18_6369445_General_1948_Vol_1
Agency: Department of War
Incident date: 6/15/48
Page 20
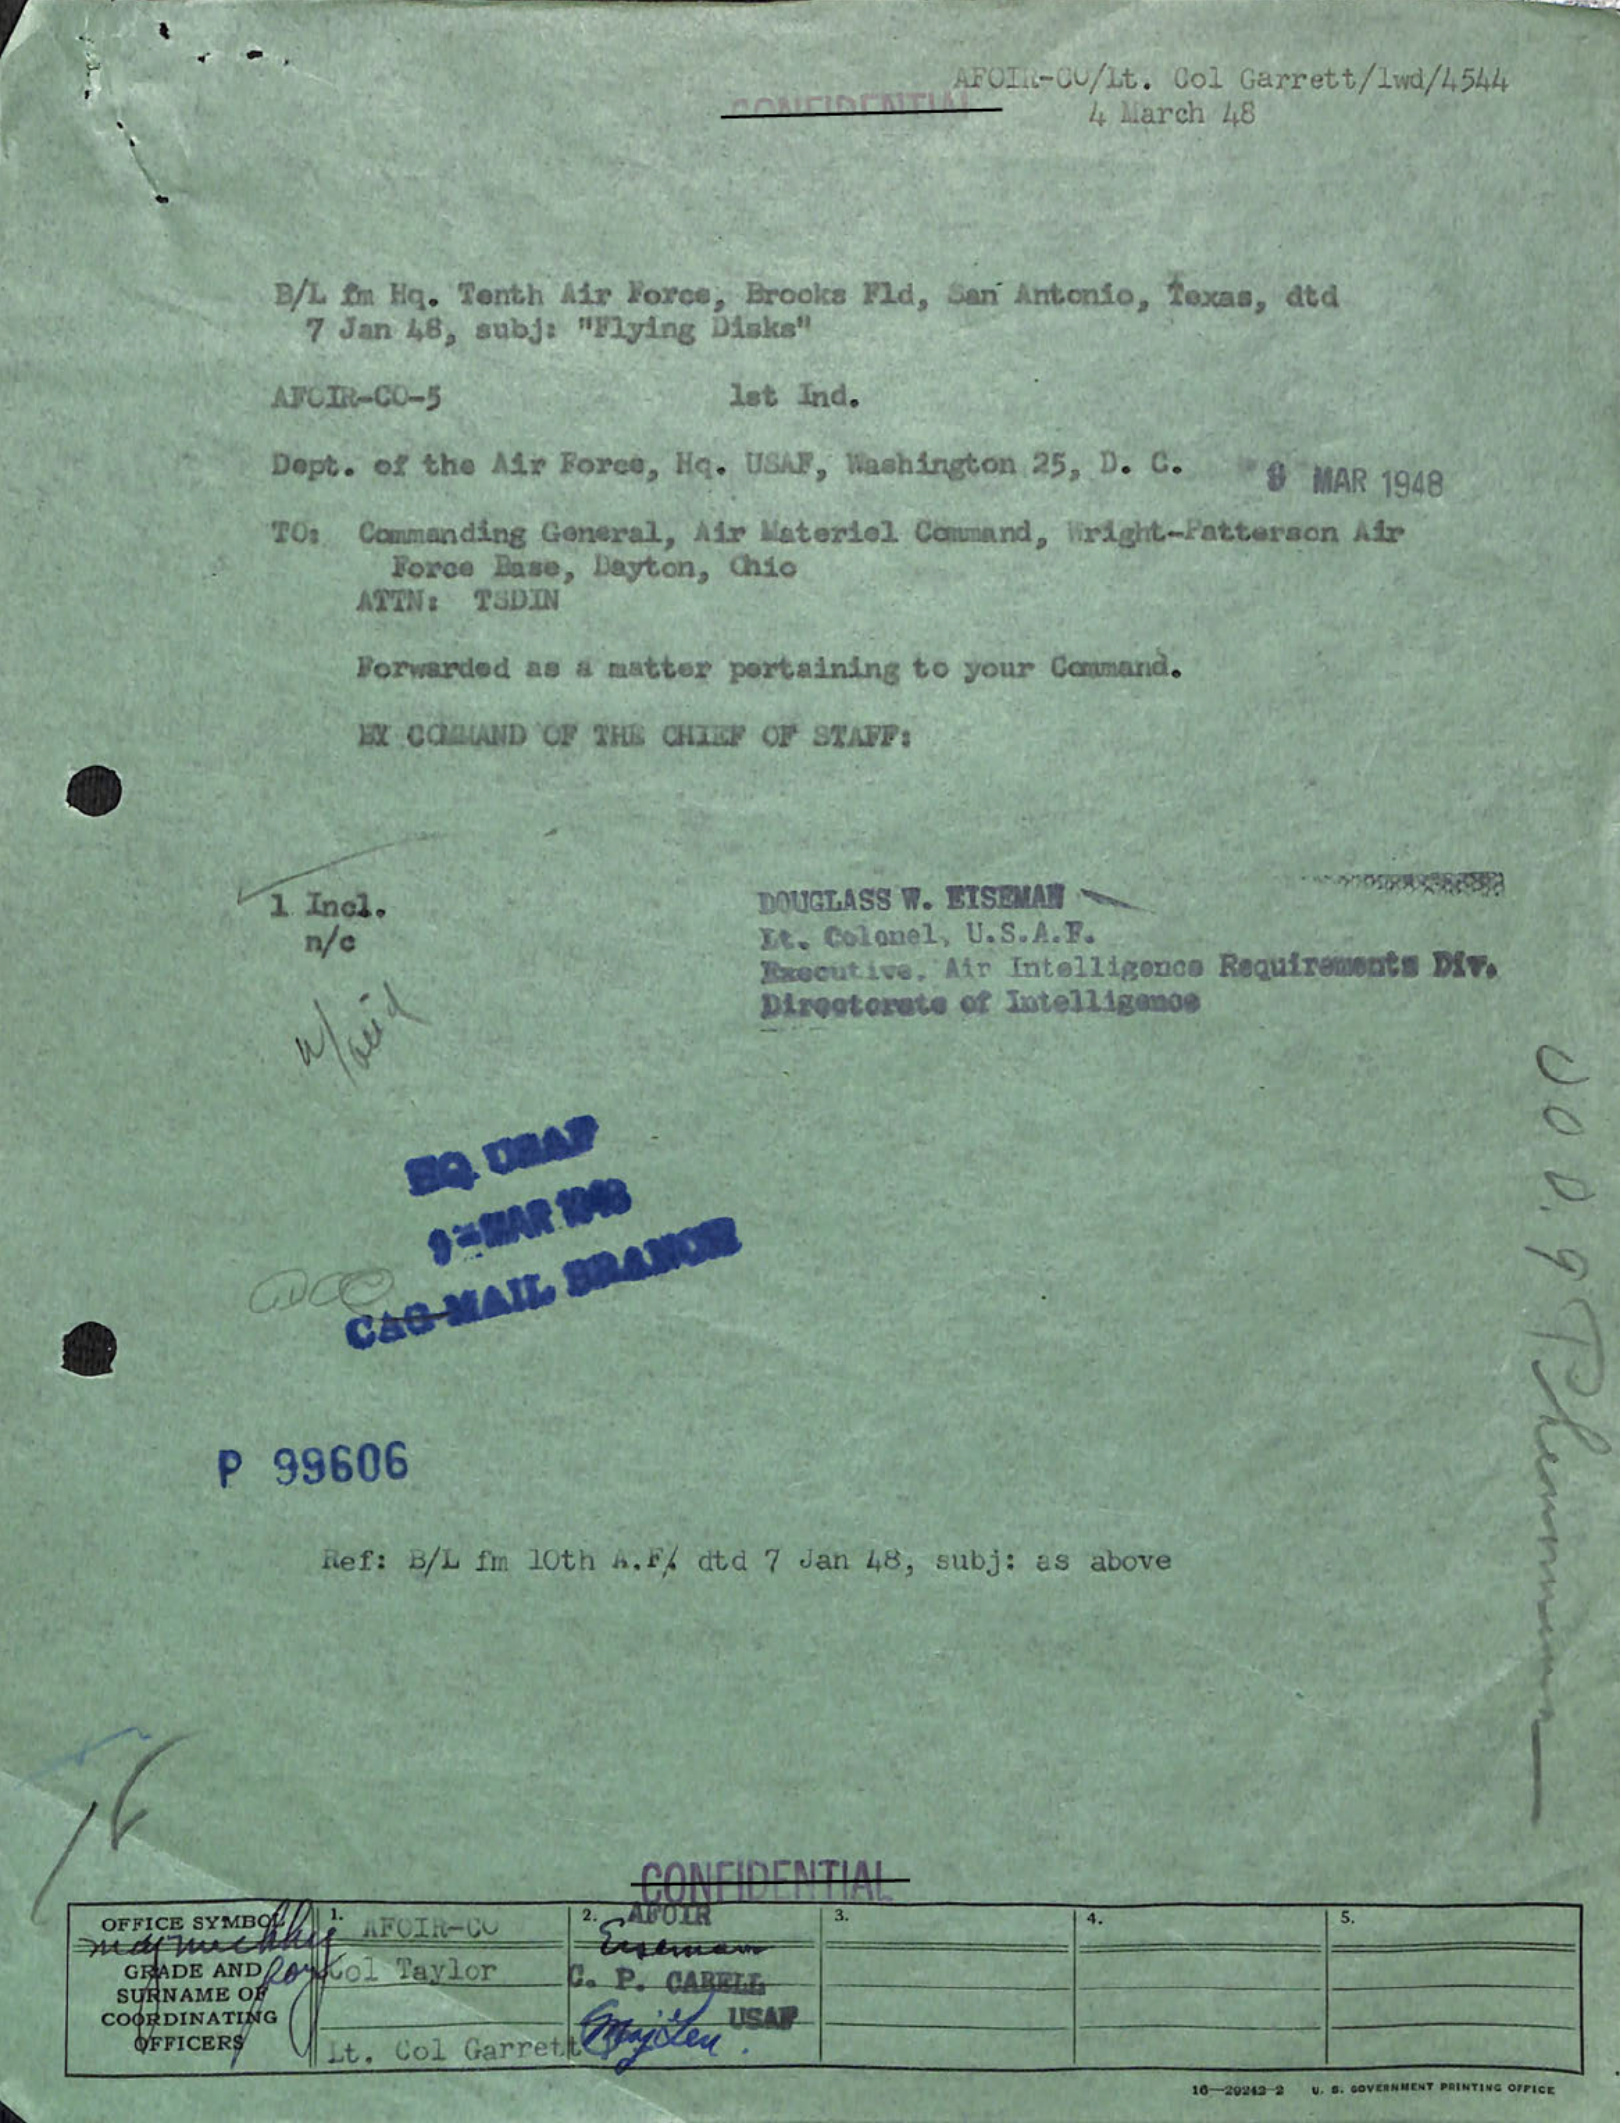